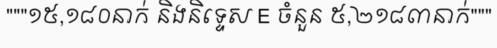
"""១៥,១៨០នាក់ និងនិទ្ទេស E ចំនួន ៥,២១៨៣នាក់"""